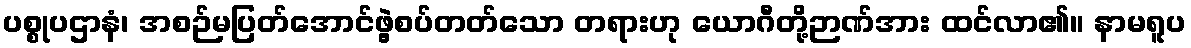
ပစ္စုပဌာနံ၊ အစဉ်မပြတ်အောင်ဖွဲ့စပ်တတ်သော တရားဟု ယောဂီတို့ဉာဏ်အား ထင်လာ၏။ နာမရူပ